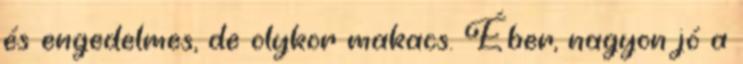
és engedelmes, de olykor makacs. Éber, nagyon jó a